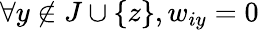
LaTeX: \forall y\notin J\cup\{ z\} ,w_{iy}=0